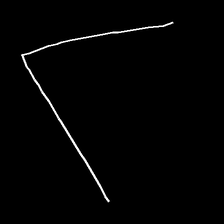
Glyph: region